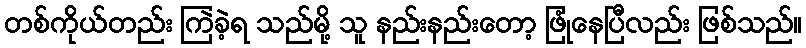
တစ်ကိုယ်တည်း ကြဲခဲ့ရ သည်မို့ သူ နည်းနည်းတော့ ဖြုံနေပြီလည်း ဖြစ်သည်။